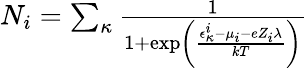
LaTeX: \begin{array}{r}{N_{i}=\sum_{\kappa}\frac{1}{1+\exp\left(\frac{\epsilon_{\kappa}^{i}-\mu_{i}-eZ_{i}\lambda}{kT}\right)}}\end{array}